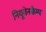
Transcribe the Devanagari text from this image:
नियूवेनकैम्प